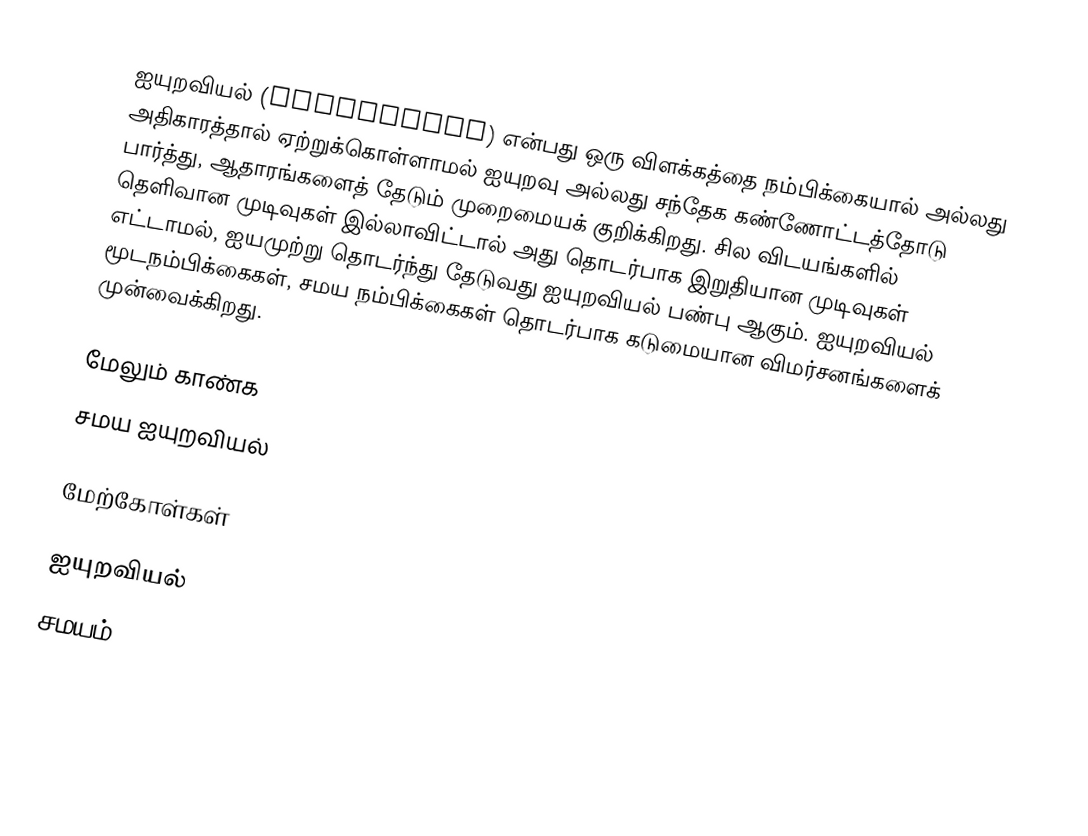
ஐயுறவியல் (Scepticism) என்பது ஒரு விளக்கத்தை நம்பிக்கையால் அல்லது அதிகாரத்தால் ஏற்றுக்கொள்ளாமல் ஐயுறவு அல்லது சந்தேக கண்ணோட்டத்தோடு பார்த்து, ஆதாரங்களைத் தேடும் முறைமையக் குறிக்கிறது.  சில விடயங்களில் தெளிவான முடிவுகள் இல்லாவிட்டால் அது தொடர்பாக இறுதியான முடிவுகள் எட்டாமல், ஐயமுற்று தொடர்ந்து தேடுவது ஐயுறவியல் பண்பு ஆகும்.  ஐயுறவியல் மூடநம்பிக்கைகள், சமய நம்பிக்கைகள் தொடர்பாக கடுமையான விமர்சனங்களைக் முன்வைக்கிறது.

மேலும் காண்க
சமய ஐயுறவியல்

மேற்கோள்கள்

ஐயுறவியல்
சமயம்